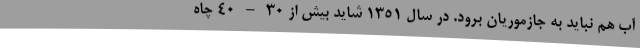
آب هم نباید به جازموریان برود. در سال 1351 شاید بیش از 30 – 40 چاه